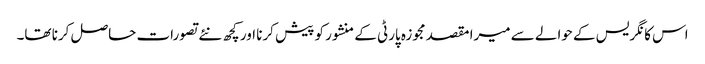
اس کانگریس کے حوالے سے میرا مقصد مجوزہ پارٹی کے منشور کو پیش کرنا اور کچھ نئے تصورات حاصل کرنا تھا۔